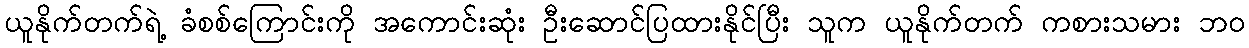
ယူနိုက်တက်ရဲ့ ခံစစ်ကြောင်းကို အကောင်းဆုံး ဦးဆောင်ပြထားနိုင်ပြီး သူက ယူနိုက်တက် ကစားသမား ဘဝ